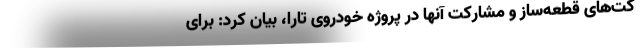
کت‌های قطعه‌ساز و مشارکت آنها در پروژه خودروی تارا، بیان کرد: برای